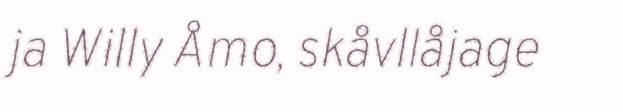
ja Willy Åmo, skåvllåjage